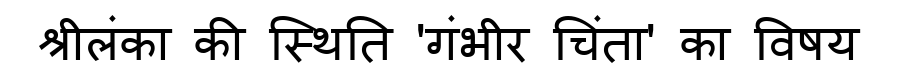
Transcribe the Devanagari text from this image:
श्रीलंका की स्थिति 'गंभीर चिंता' का विषय